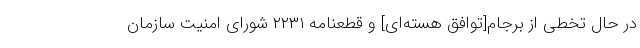
در حال تخطی از برجام[توافق هسته‌ای] و قطعنامه ۲۲۳۱ شورای امنیت سازمان